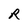
Character: R